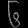
Digit: ၆